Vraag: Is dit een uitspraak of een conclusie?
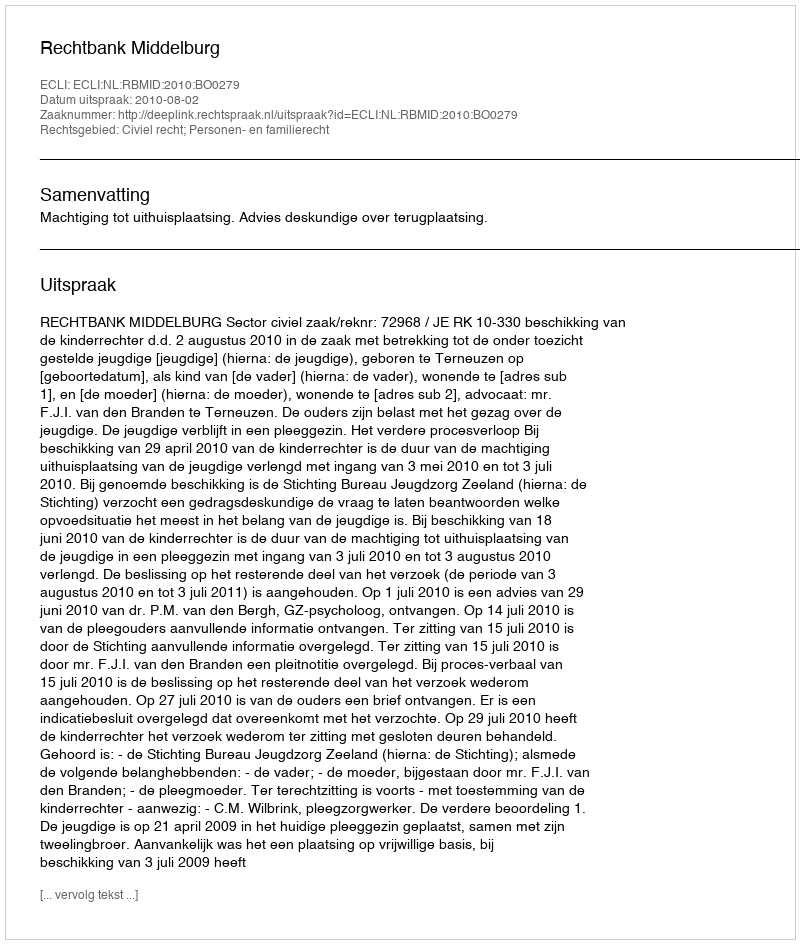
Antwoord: Uitspraak